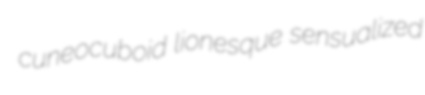
cuneocuboid lionesque sensualized